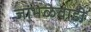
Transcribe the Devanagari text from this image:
जांभळेवाडी